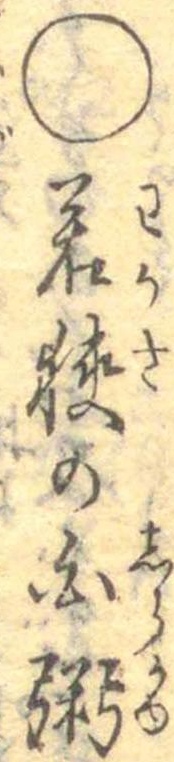
○若狭の白粥